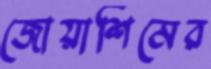
জোয়াশিমের